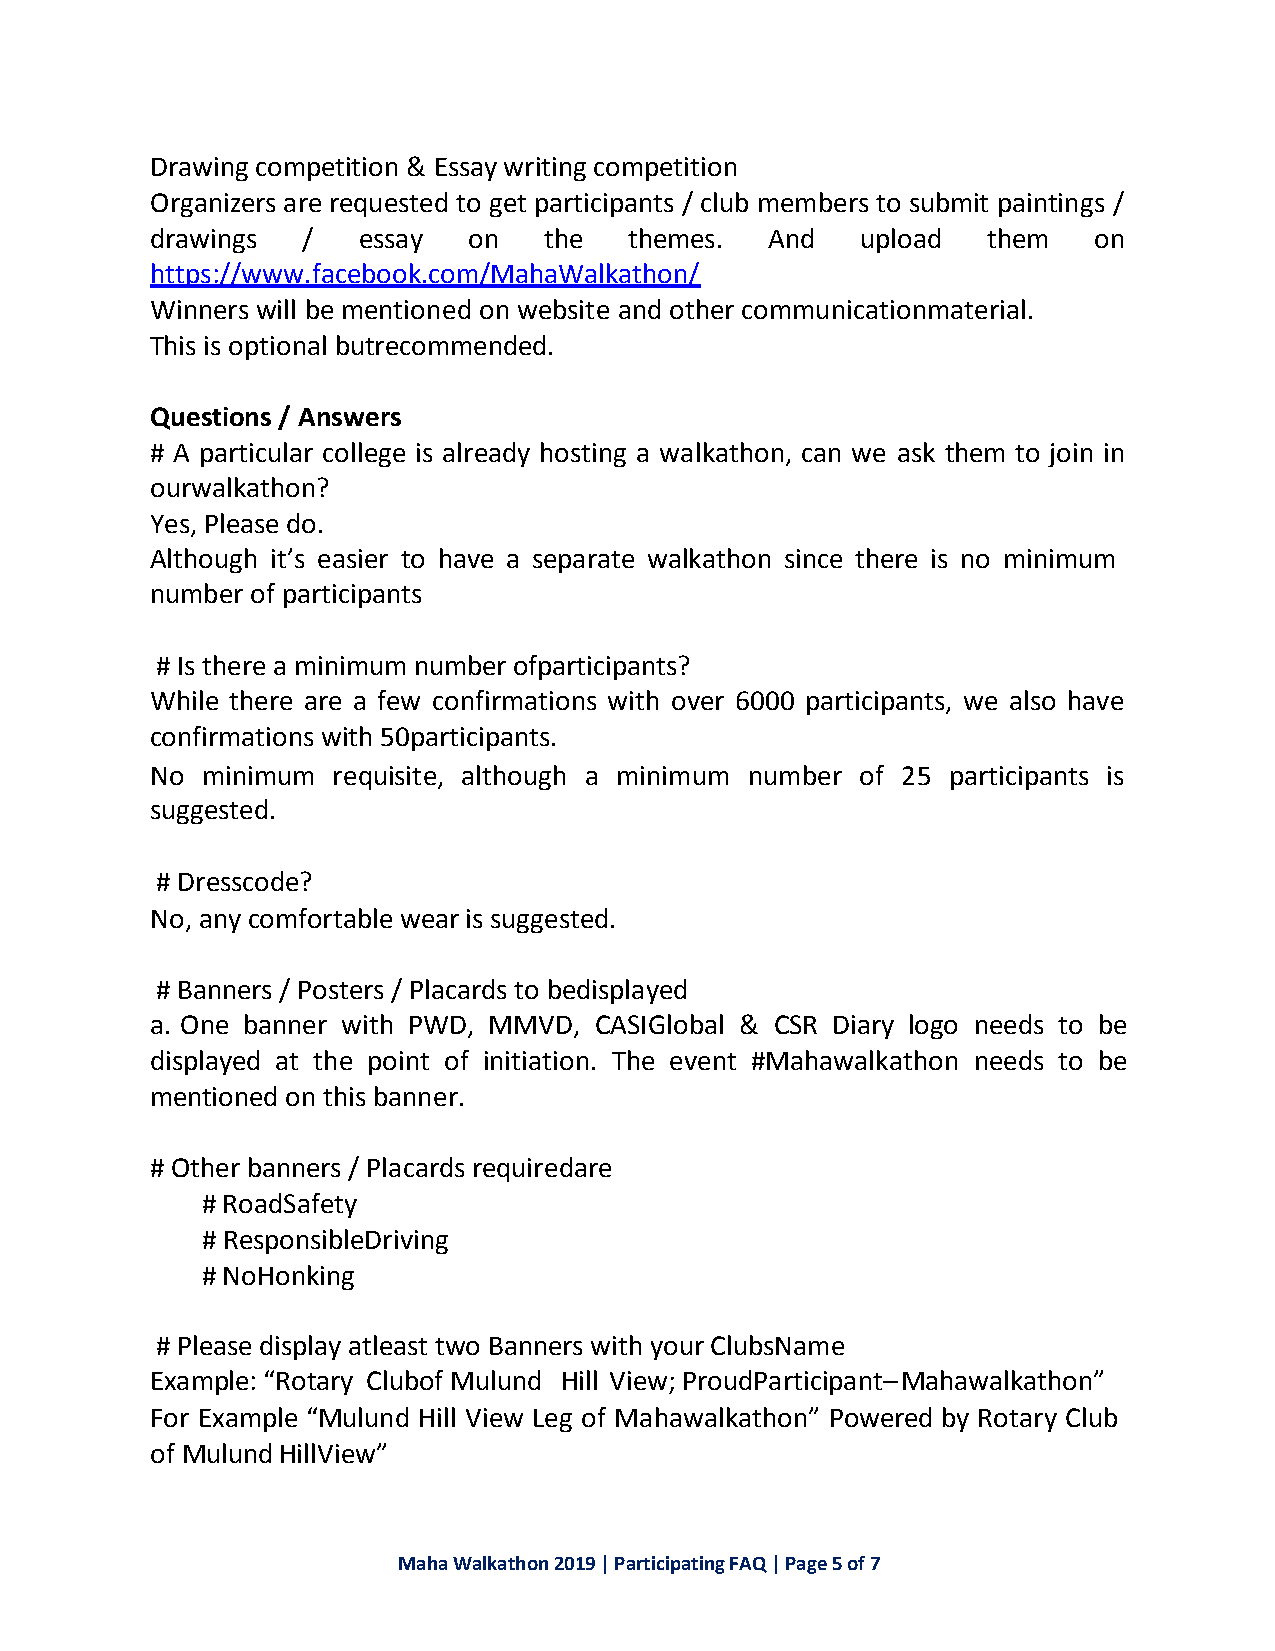
Drawing competition & Essay writing competition
 Organizers are requested to get participants / club members to submit paintings /
 drawings  /   essay  on   the   themes.  And   upload  them   on
 https://www.facebook.com/MahaWalkathon/
 Winners will be mentioned on website and other communicationmaterial.
 This is optional butrecommended.
 Questions / Answers
 # A particular college is already hosting a walkathon, can we ask them to join in
 ourwalkathon?
 Yes, Please do.
 Although it’s easier to have a separate walkathon since there is no minimum
 number of participants
 # Is there a minimum number ofparticipants?
 While there are a few confirmations with over 6000 participants, we also have
 confirmations with 50participants.
 No minimum  requisite, although a minimum number of 25 participants is
 suggested.
 # Dresscode?
 No, any comfortable wear is suggested.
 # Banners / Posters / Placards to bedisplayed
 a. One banner with PWD, MMVD, CASIGlobal & CSR Diary logo needs to be
 displayed at the point of initiation. The event #Mahawalkathon needs to be
 mentioned on this banner.
 # Other banners / Placards requiredare
 # RoadSafety
 # ResponsibleDriving
 # NoHonking
 # Please display atleast two Banners with your ClubsName
 Example: “Rotary Clubof Mulund Hill View; ProudParticipant– Mahawalkathon”
 For Example “Mulund Hill View Leg of Mahawalkathon” Powered by Rotary Club
 of Mulund HillView”
 Maha Walkathon 2019 | Participating FAQ | Page 5 of 7